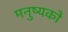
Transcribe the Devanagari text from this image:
मनुष्यको